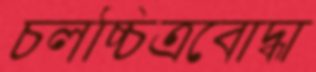
চলচ্চিত্রবোদ্ধা